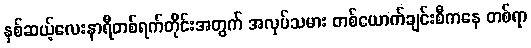
နှစ်ဆယ့်လေးနာရီတစ်ရက်တိုင်းအတွက် အလုပ်သမား တစ်ယောက်ချင်းစီကနေ တစ်ရာ